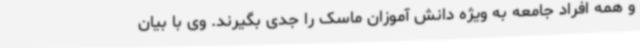
و همه افراد جامعه به ویژه دانش آموزان ماسک را جدی بگیرند. وی با بیان